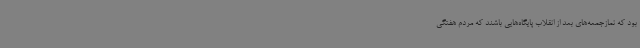
بود که نمازجمعه‌های بعد از انقلاب پایگاه‌هایی باشند که مردم هفتگی